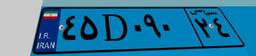
۱۹D۶۹۶۹۰